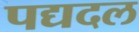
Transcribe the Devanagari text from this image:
पद्यदल